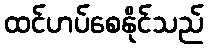
ထင်ဟပ်စေနိုင်သည်